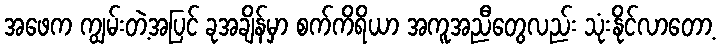
အဖေက ကျွမ်းတဲ့အပြင် ခုအချိန်မှာ စက်ကိရိယာ အကူအညီတွေလည်း သုံးနိုင်လာတော့